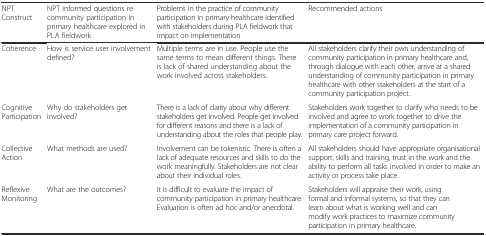
| NPT Construct | NPT informed questions re community participation in primary healthcare explored in PLA fieldwork | Problems in the practice of community participation in primary healthcare identified with stakeholders during PLA fieldwork that impact on implementation | Recommended actions |
 | --- | --- | --- | --- |
 | Coherence | How is service user involvement defined? | Multiple terms are in use. People use the same terms to mean different things. There is lack of shared understanding about the work involved across stakeholders. | All stakeholders clarify their own understanding of community participation in primary healthcare and, through dialogue with each other, arrive at a shared understanding of community participation in primary healthcare with other stakeholders at the start of a community participation project. |
 | Cognitive Participation | Why do stakeholders get involved? | There is a lack of clarity about why different stakeholders get involved. People get involved for different reasons and there is a lack of understanding about the roles that people play. | Stakeholders work together to clarify who needs to be involved and agree to work together to drive the implementation of a community participation in primary care project forward. |
 | Collective Action | What methods are used? | Involvement can be tokenistic. There is often a lack of adequate resources and skills to do the work meaningfully. Stakeholders are not clear about their individual roles. | All stakeholders should have appropriate organisational support, skills and training, trust in the work and the ability to perform all tasks involved in order to make an activity or process take place. |
 | Reflexive Monitoring | What are the outcomes? | It is difficult to evaluate the impact of community participation in primary healthcare. Evaluation is often ad hoc and/or anecdotal. | Stakeholders will appraise their work, using formal and informal systems, so that they can learn about what is working well and can modify work practices to maximize community participation in primary healthcare. |